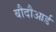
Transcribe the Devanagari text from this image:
बौदौआर्ड